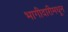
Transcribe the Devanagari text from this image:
भागीदारीमधून